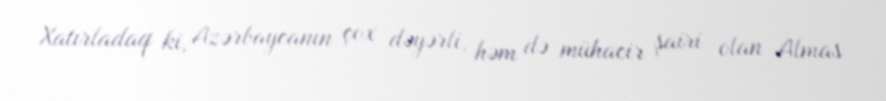
Xatırladaq ki, Azərbaycanın çox dəyərli, həm də mühacir şairi olan Almas